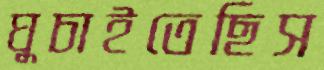
ঘুচাইতেছিস